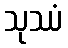
သုဿံ